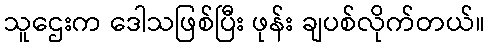
သူဌေးက ဒေါသဖြစ်ပြီး ဖုန်း ချပစ်လိုက်တယ်။